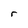
Character: r